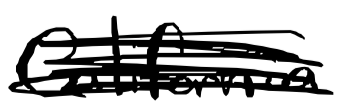
Text: California
Cross-out: scratch
Writing tool: digital_black